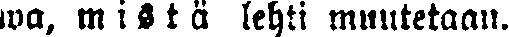
wa, mistä lehti muutetaan.